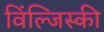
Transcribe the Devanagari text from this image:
विंल्जिस्की